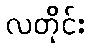
လတိုင်း